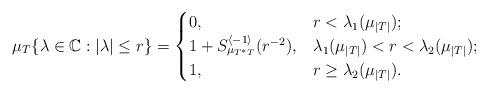
LaTeX: \begin{align*} \mu_{T}\{ \lambda\in\mathbb{C}: |\lambda|\leq r\}= \begin{cases} 0, & r<\lambda_1(\mu_{|T|});\\ 1+S^{\langle -1 \rangle}_{\mu_{T^*T}}(r^{-2}),& \lambda_1(\mu_{|T|})<r<\lambda_2(\mu_{|T|});\\ 1,&r\geq \lambda_2(\mu_{|T|}). \end{cases} \end{align*}